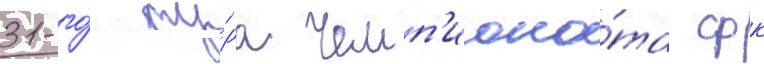
31-го́ ту́ра чемп'иона́та фк